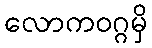
လောကဝဂ္ဂမှိ